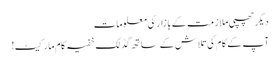
دیگر چھپی ملازمت کے بازار کی معلومات
آپ کے کام کی تلاش کے ساتھ گڈ لک خفیہ کام مارکیٹ!